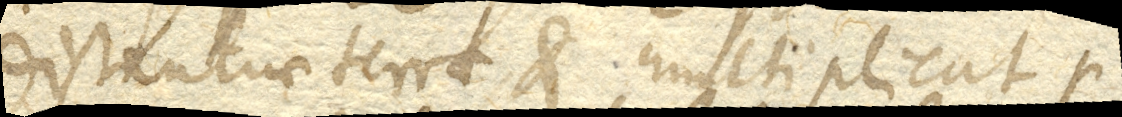
distantiae terrae et multiplicat per